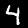
Label: 4